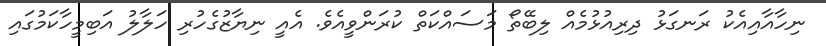
ނިހާއާއިއެކު ރަނގަޅު ދިރިއުޅުމެއް ލިބޭތޯ މަސައްކަތް ކުރަންވީއެވެ. އެއީ ނިޔާޒުގެހުރި ހަލާލު އަބިމީހާކަމުގައި